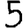
Digit: 5